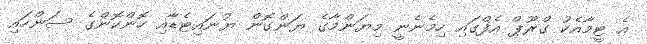
އެ ޓީމާއެކު ގްރޫޕް އެފްގައި ހިމެނެނީ މިޔަންމާގެ ޔަންގޮން ޔުނައިޓެޑާއި ހޮންކޮންގެ ސަންހައި